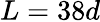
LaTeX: L=38d